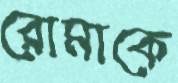
রোমাকে